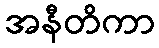
အနီတိကာ